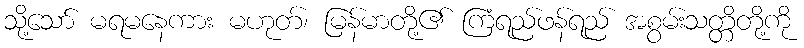
သို့သော် မရမနေကား မဟုတ်၊ မြန်မာတို့၏ ကြံရည်ဖန်ရည် အစွမ်းသတ္တိတို့ကို